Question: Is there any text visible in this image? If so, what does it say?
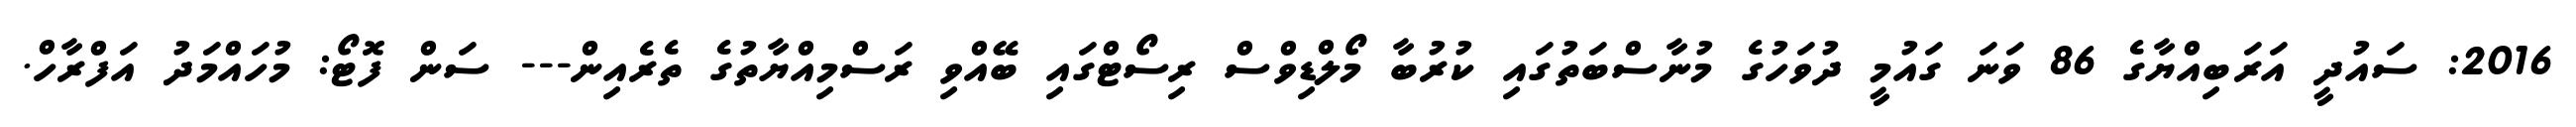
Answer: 2016: ސައުދީ އަރަބިއްޔާގެ 86 ވަނަ ގައުމީ ދުވަހުގެ މުނާސްބަތުގައި ކުރުބާ މޯލްޑިވްސް ރިސޯޓްގައި ބޭއްވި ރަސްމިއްޔާތުގެ ތެރެއިން--- ސަން ފޮޓޯ: މުހައްމަދު އަފްރާހް.